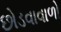
છોડવાવાળો